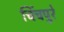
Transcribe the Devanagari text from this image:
चिंचपुरे